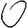
Digit: 0